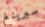
سبرينغ